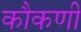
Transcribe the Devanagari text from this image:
कौकणी